Report of the Bombay Plague Committee
Disease focus: Plague
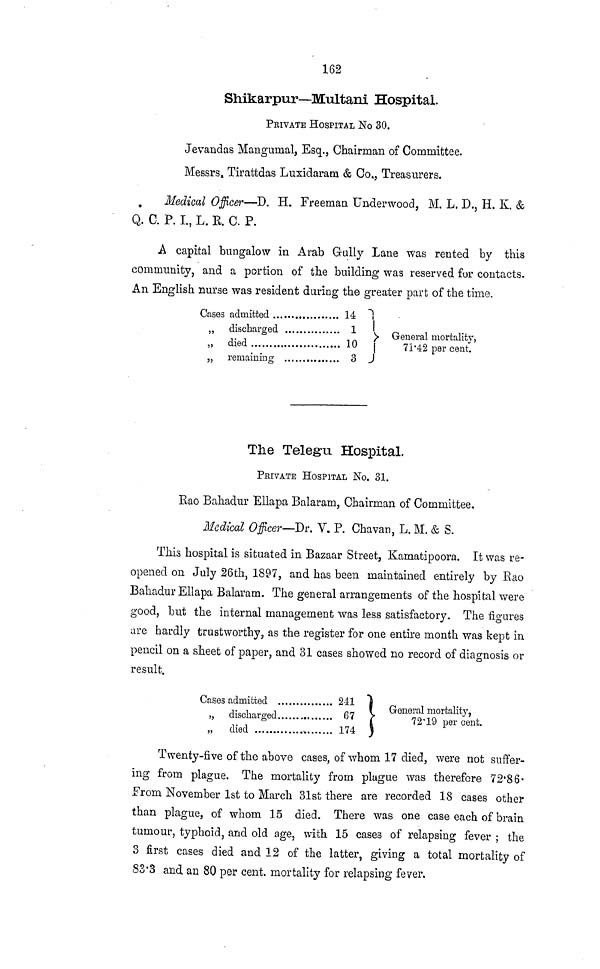
162
Shikarpur—Multani Hospital.
PRIVATE HOSPITAL No 30.
Jevandas Mangumal, Esq., Chairman of Committee.
Messrs, Tirattdas Luxidaram & Co., Treasurers.
Medical Officer—-D. H. Freeman Underwood, M. L. D., H. K. &
Q. C. P. L, L. R. C. P.
A capital bungalow in Arab Gully Lane was rented by this
community, and a portion of the building was reserved for contacts.
An English nurse was resident during the greater part of the time.
Case
„
„
„
3 admitted
discharged
died
remaining
14
1
10
3
71·42 per cent.
The Telegu Hospital.
PRIVATE HOSPITAL No. 31.
Rao Bahadur Ellapa Balaram, Chairman of Committee.
Medical Officer—Dr. V. P. Chavan, L. M, & S.
This hospital is situated in Bazaar Street, Kamatipoora. It was re-
opened on July 26th, 1897, and has been maintained entirely by Rao
Bahadur Ellapa Balaram. The general arrangements of the hospital were
good, but the internal management was less satisfactory. The figures
are hardly trustworthy, as the register for one entire month was kept in
pencil on a sheet of paper, and 31 cases showed no record of diagnosis or
result.
Cases admitted
241
„
„
discharged
67
died
...
174
/^1
1
L 1 *L
General mortality,
72· 19 per cent.
Twenty-five of the above cases, of whom 17 died, were not suffer-
ing from plague. The mortality from plague was therefore 72·86-
From November 1st to March 31st there are recorded 18 cases other
than plague, of whom 15 died. There was one case each of brain
tumour, typhoid, and old age, with 15 cases of relapsing fever ; the
3 first cases died and 12 of the latter, giving a total mortality of
83·3 and an 80 per cent, mortality for relapsing fever.